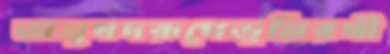
অনুষদরূপেভূমিরখী